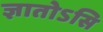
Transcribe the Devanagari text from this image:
ज्ञातोऽसि